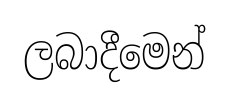
ලබාදීමෙන්